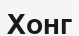
Хонг